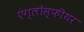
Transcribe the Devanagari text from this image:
एंग्लोस्फीयर